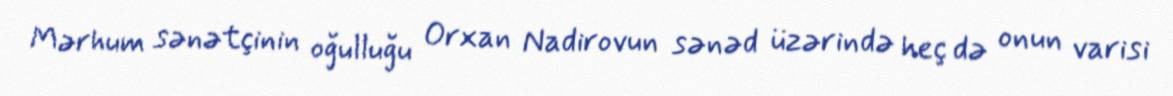
Mərhum sənətçinin oğulluğu Orxan Nadirovun sənəd üzərində heç də onun varisi